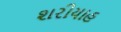
શરીયાહ